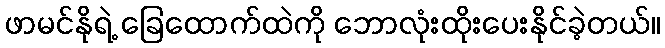
ဖာမင်နိုရဲ့ ခြေထောက်ထဲကို ဘောလုံးထိုးပေးနိုင်ခဲ့တယ်။